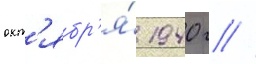
окт'ябр'я́ 1940 г //